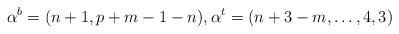
LaTeX: \begin{align*}\alpha^b=(n+1,p+m-1-n), \alpha^t=(n+3-m,\dots,4,3)\end{align*}